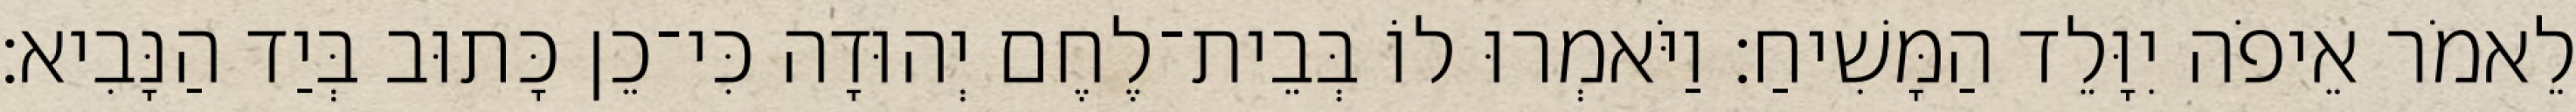
לֵאמֹר אֵיפֹה יִוָּלֵד הַמָּשִׁיחַ׃ וַיֹּאמְרוּ לוֹ בְּבֵית־לֶחֶם יְהוּדָה כִּי־כֵן כָּתוּב בְּיַד הַנָּבִיא׃